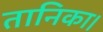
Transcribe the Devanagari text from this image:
तानिका।